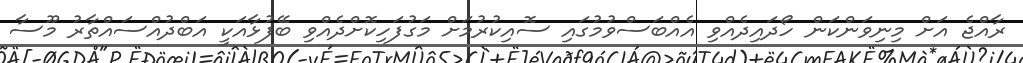
ރާއްޖެ އަށް މިނިވަންކަން ހޯދައިދެއްވި އެއްބަސްވުމުގައި ސޮއިކުރުމަށް މަގުފަހިކޮށްދެއްވި ބޭފުޅާއަކީ އަބްދުއްސައްތާރު މޫސާ